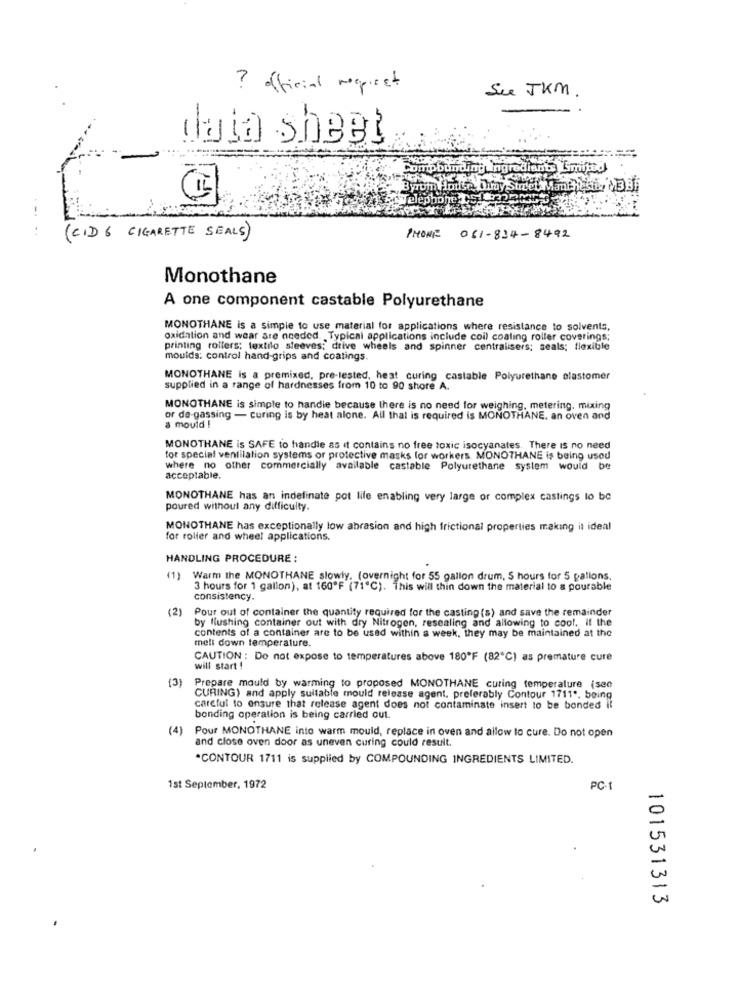
? official respirst
See JKM.
-
data sheet
bmpbunding ingrediants Lmitt
(CID 6 CIGARETTE SEALS)
PHONE 061-834-8492
Monothane
A one component castable Polyurethane
MONOTHANE is a simple to use material for applications where resistance to solvents,
oxidation and wear are needed. Typical applications include coil coaling roller coverings;
printing rollers; textilo sleeves; drive wheels and spinner centralisers; seals; flexible
moulds: control hand-grips and coatings.
MONOTHANE is a premixed, pre-lested, heat curing castable Polyurethane elastomer
supplied in a range of hardnesses from 10 to 90 shore A.
MONOTHANE is simple to handle because there is no need for weighing, metering, mixing
or de gassing - curing is by heat alone. All that is required is MONOTHANE. an oven and
a mould !
MONOTHANE is SAFE to handle as it contains no free toxic isocyanates. There is no need
for special ventilation systems or protective masks for workers. MONOTHANE is being used
where no other commercially available castable Polyurethane system would be
acceptable.
MONOTHANE has an indefinate pot life enabling very large or complex castings to be
poured without any difficulty.
MONOTHANE has exceptionally low abrasion and high frictional properties making it ideal
for roller and wheel applications.
HANDLING PROCEDURE :
(1) Warm the MONOTHANE slowly. (overnight for 55 gallon drum, S hours for 5 gallons.
3 hours for 1 gallon), at 160ºF (71℃). This will thin down the material to a pourable
consistency.
(2)
Pour out of container the quantity required for the casting (s) and save the remainder
by flushing container out with dry Nitrogen, resealing and allowing to cool. if the
meli down temperature.
contents of a container are to be used within a week, they may be maintained at the
CAUTION : Do not expose to temperatures above 180ºF (82℃) as premature cure
will start !
(3)
Prepare mould by warming to proposed MONOTHANE curing temperature (sec
CURING) and apply suitable mould release agent. preferably Contour 1711 *. being
careful to ensure that release agent does not contaminate insert to be bonded it
bonding operation is being carried out.
(4)
Pour MONOTHANE into warm mould, replace in oven and allow to cure. Do not open
and close oven door as uneven curing could result.
*CONTOUR 1711 is supplied by COMPOUNDING INGREDIENTS LIMITED.
1st September, 1972
PC-1
101531313